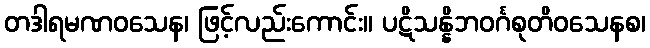
တဒါရမဏဝသေန၊ ဖြင့်လည်းကောင်း။ ပဋိသန္နိဘဝင်္ဂစုတိဝသေနစ၊